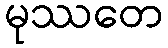
မုဿတေ